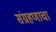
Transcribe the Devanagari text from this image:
संग्रहणाचा